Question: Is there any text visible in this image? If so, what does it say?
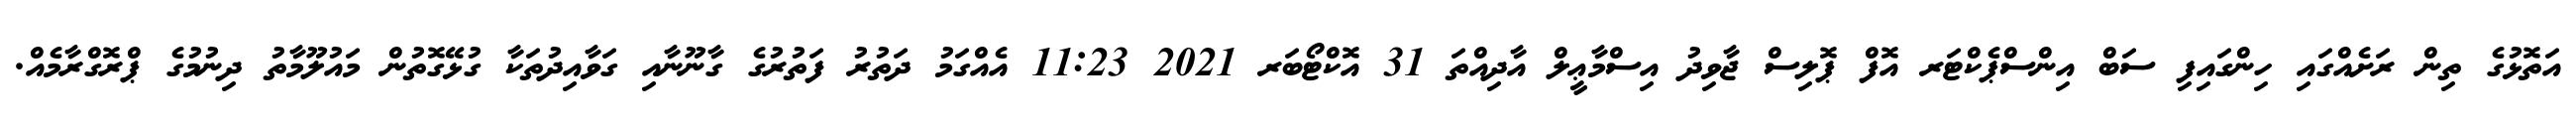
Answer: އަތޮޅުގެ ތިން ރަށެއްގައި ހިންގައިފި ސަބް އިންސްޕެކްޓަރ އޮފް ޕޮލިސް ޖާވިދު އިސްމާޢީލް އާދިއްތަ 31 އޮކްޓޯބަރ 2021 11:23 އެއްގަމު ދަތުރު ފަތުރުގެ ގާނޫނާއި ގަވާއިދުތަކާ ގުޅޭގޮތުން މައުލޫމާތު ދިނުމުގެ ޕްރޮގްރާމެއް.